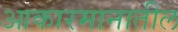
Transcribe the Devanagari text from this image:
आकारमानातील